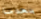
بعدما